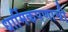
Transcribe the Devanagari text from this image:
धार्मिकपणाची